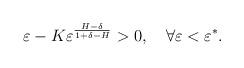
LaTeX: \begin{align*}\begin{gathered} \varepsilon-K\varepsilon^{\frac{H-\delta}{1+\delta-H}}>0,\quad\forall\varepsilon<\varepsilon^*. \end{gathered} \end{align*}